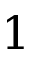
1